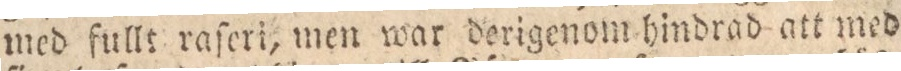
med fullt raſeri, men war derigenom hindrad att med